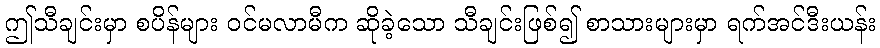
ဤသီချင်းမှာ စပိန်များ ဝင်မလာမီက ဆိုခဲ့သော သီချင်းဖြစ်၍ စာသားများမှာ ရက်အင်ဒီးယန်း